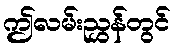
ဤလမ်းညွှန်တွင်